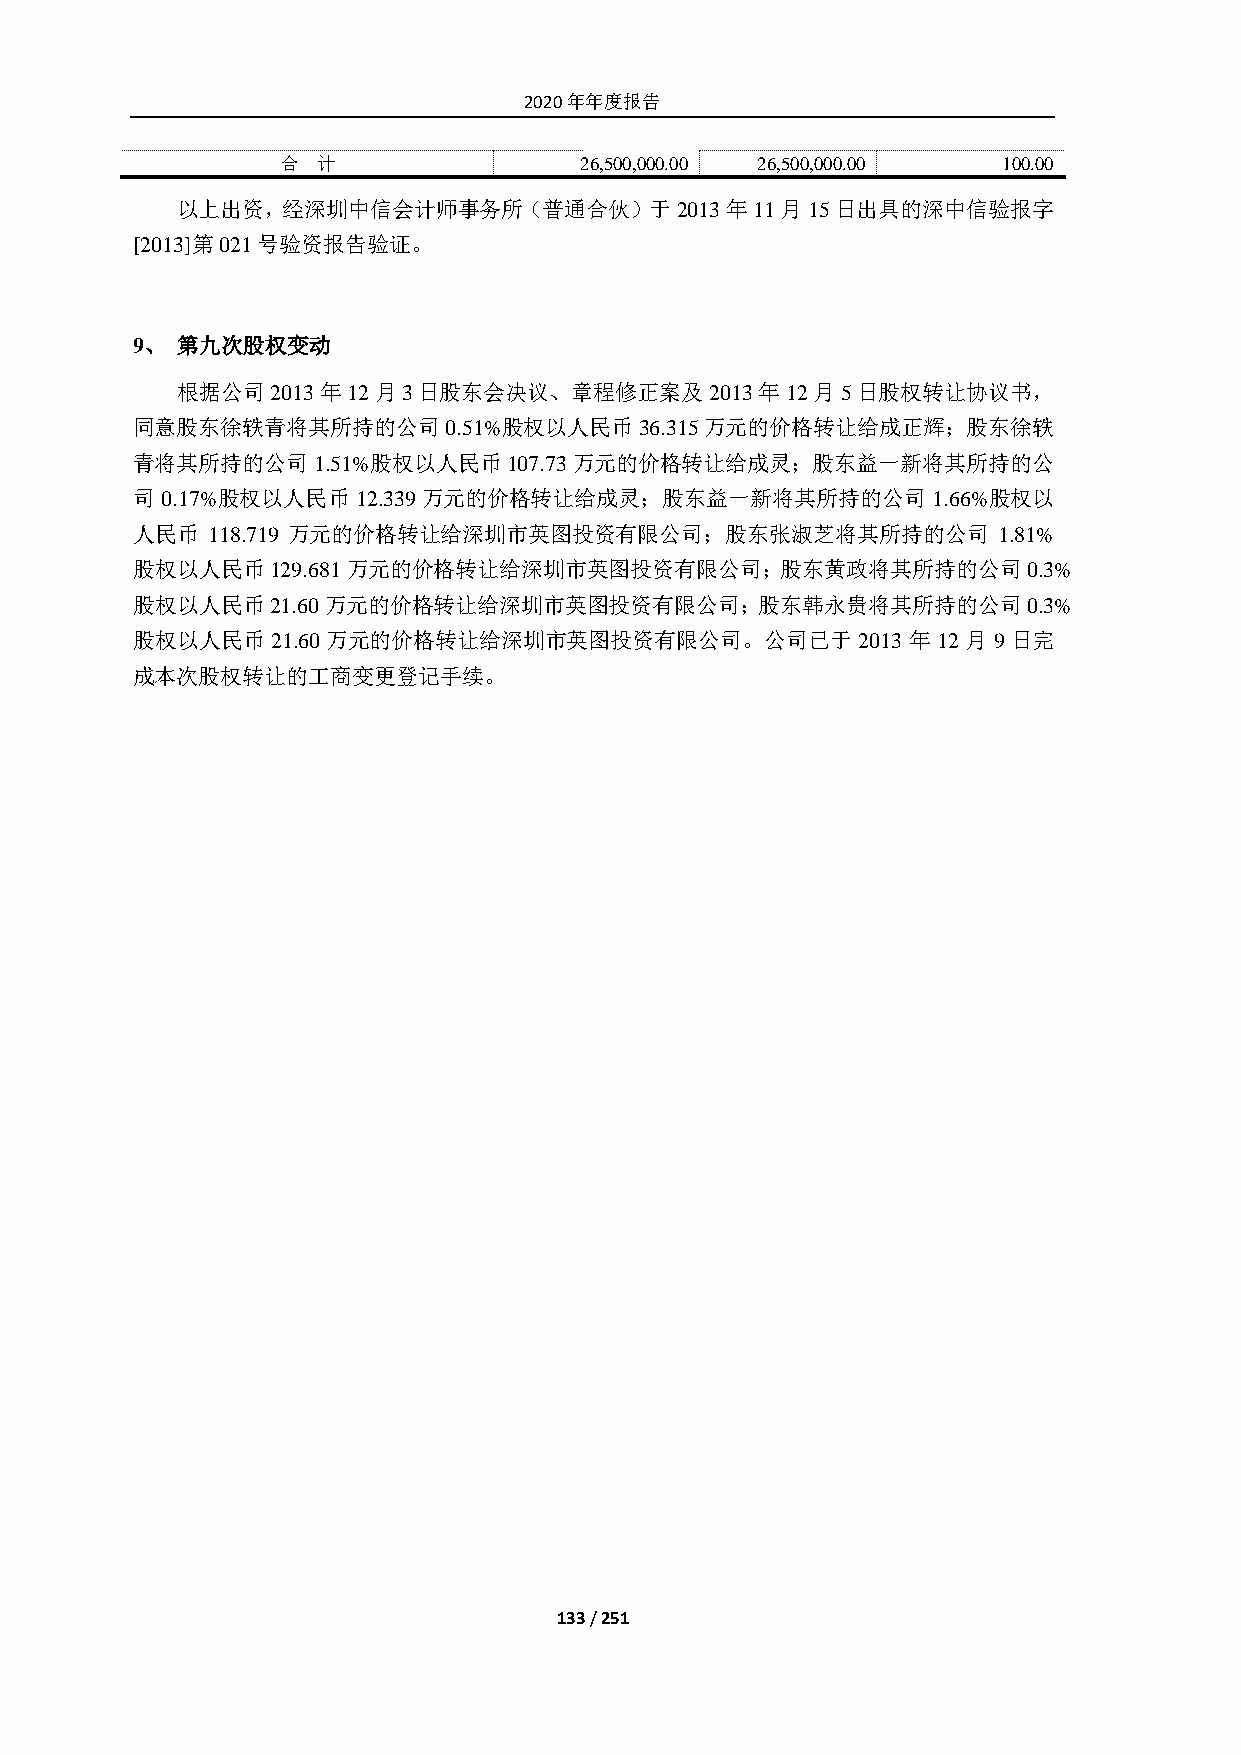
2020年年度报告
 合 计                26,500,000.00 26,500,000.00 100.00
 以上出资，经深圳中信会计师事务所（普通合伙）于2013年11月15日出具的深中信验报字
 [2013]第021号验资报告验证。
 9、 第九次股权变动
 根据公司2013年12月3日股东会决议、章程修正案及2013年12月5日股权转让协议书，
 同意股东徐轶青将其所持的公司0.51%股权以人民币36.315万元的价格转让给成正辉；股东徐轶
 青将其所持的公司1.51%股权以人民币107.73万元的价格转让给成灵；股东益一新将其所持的公
 司 0.17%股权以人民币12.339 万元的价格转让给成灵；股东益一新将其所持的公司1.66%股权以
 人民币  118.719 万元的价格转让给深圳市英图投资有限公司；股东张淑芝将其所持的公司            1.81%
 股权以人民币129.681万元的价格转让给深圳市英图投资有限公司；股东黄政将其所持的公司0.3%
 股权以人民币21.60万元的价格转让给深圳市英图投资有限公司；股东韩永贵将其所持的公司0.3%
 股权以人民币21.60万元的价格转让给深圳市英图投资有限公司。公司已于2013            年 12 月9日完
 成本次股权转让的工商变更登记手续。
 133 / 251